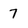
Character: 7